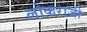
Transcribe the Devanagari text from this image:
लोकराजी